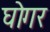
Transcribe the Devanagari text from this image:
घोगर